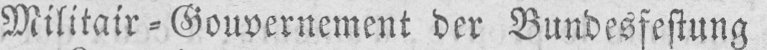
Militair⸗Gouvernement der Bundesfestung